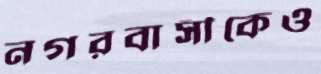
নগরবাসীকেও